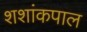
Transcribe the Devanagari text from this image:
शशांकपाल